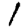
Digit: 1